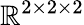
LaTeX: \mathbb{R}^{2\times 2\times 2}